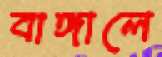
বাঙ্গালে